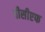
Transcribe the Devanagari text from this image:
पीसीएफ